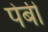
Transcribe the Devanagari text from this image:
पेबी